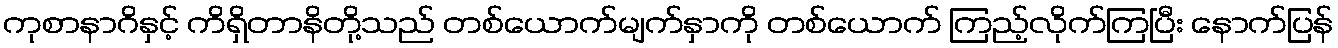
ကုစာနာဂိနှင့် ကိရှိတာနိတို့သည် တစ်ယောက်မျက်နှာကို တစ်ယောက် ကြည့်လိုက်ကြပြီး နောက်ပြန်